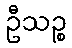
ဦသဉ္စ